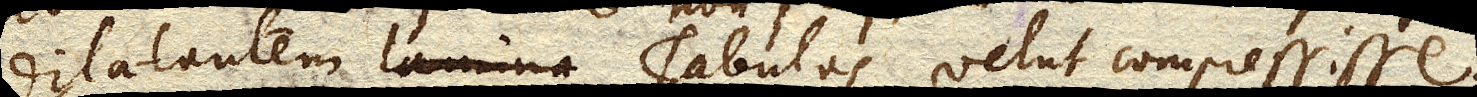
dilatantem Tabulas velut compressisse.